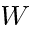
W